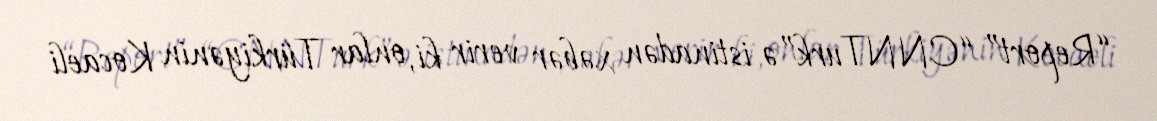
“Report” “CNNTurk”ə istinadən xəbər verir ki, onlar Türkiyənin Kocaeli